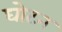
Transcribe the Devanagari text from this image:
घोटन